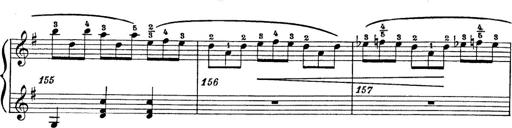
Title: 6 Polish Songs
Composer: Franz Liszt